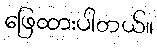
ဖြေထားပါတယ်။